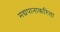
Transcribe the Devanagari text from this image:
मद्यपानाकरिता